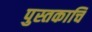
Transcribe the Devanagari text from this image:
पुस्तकाचि